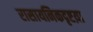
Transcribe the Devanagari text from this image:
रासायनिकदृष्टय़ा